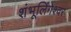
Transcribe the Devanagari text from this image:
शंभूलिंगेश्‍वर